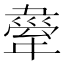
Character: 舝